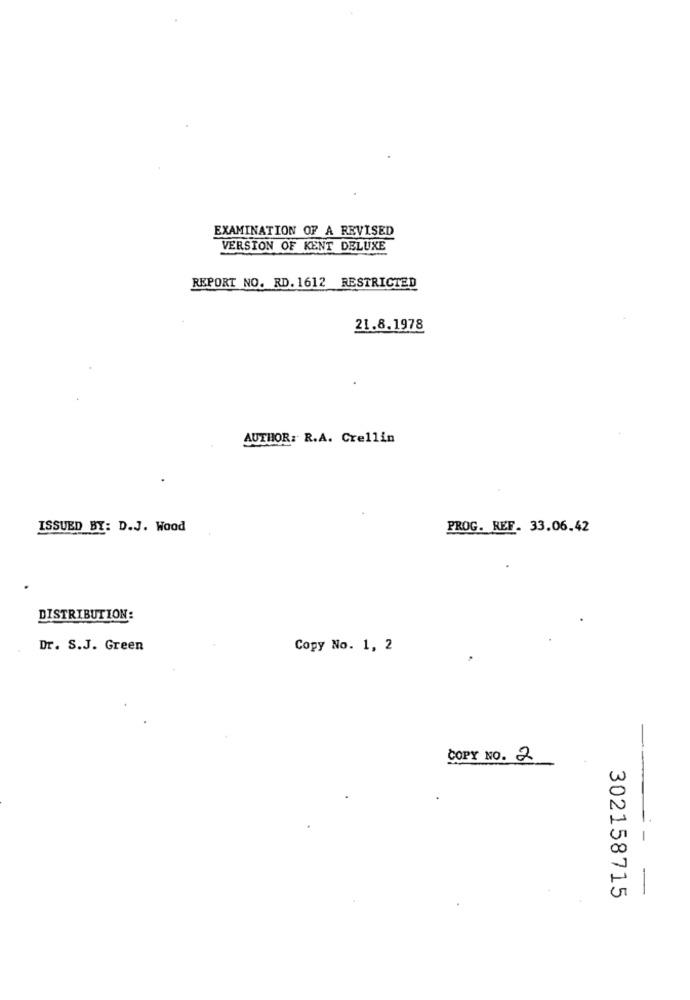
EXAMINATION OF A REVISED
VERSION OF KENT DELUXE
REPORT NO. RD. 1612 RESTRICTED
21.8.1978
AUTHOR: R.A. Crellin
ISSUED BY: D.J. Wood
PROG. REF. 33.06.42
DISTRIBUTION:
Dr. S.J. Green
Copy No. 1, 2
COPY NO. 2
302158715